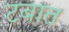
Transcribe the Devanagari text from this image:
टबात